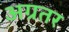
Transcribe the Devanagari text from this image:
अग्रतर